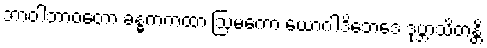
ဘာဝါဘာဝတော ခန္ဓကကထာ ဩမကော ယောဂါဒိဘေဒေ ဒုဗ္ဘာသိတန္တိ